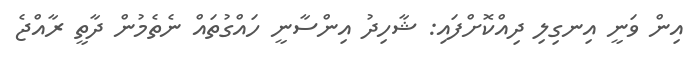
އިން ވަނީ އިނގިލި ދިއްކޮށްފައި: ޝާހިދު އިންސާނީ ހައްގުތައް ނެތެމުން ދާތީ ރާއްޖެ